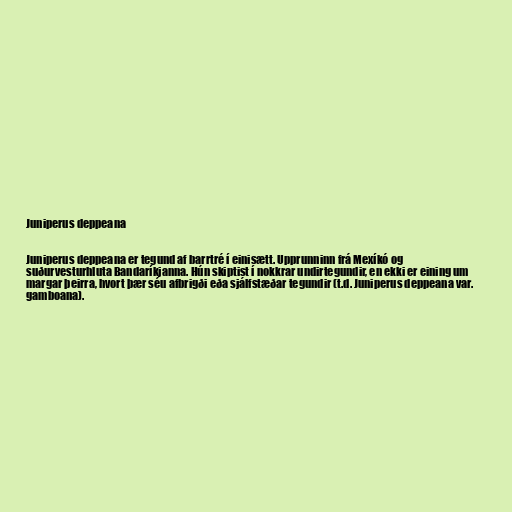
Juniperus deppeana

Juniperus deppeana er tegund af barrtré í einisætt. Upprunninn frá Mexíkó og
suðurvesturhluta Bandaríkjanna. Hún skiptist í nokkrar undirtegundir, en ekki er eining um
margar þeirra, hvort þær séu afbrigði eða sjálfstæðar tegundir (t.d. Juniperus deppeana var.
gamboana).